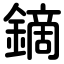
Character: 鏑